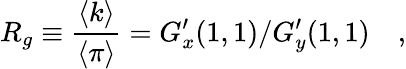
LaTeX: R_{g}\equiv{\frac{\langle k\rangle}{\langle\pi\rangle}}=G_{x}^{\prime}(1,1)/G_{y}^{\prime}(1,1)\quad,